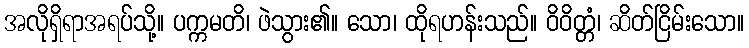
အလိုရှိရာအရပ်သို့။ ပက္ကမတိ၊ ဖဲသွား၏။ သော၊ ထိုရဟန်းသည်။ ဝိဝိတ္တံ၊ ဆိတ်ငြိမ်းသော။